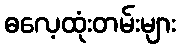
ဓလေ့ထုံးတမ်းများ